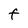
Character: F